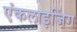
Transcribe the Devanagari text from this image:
एंकलाइजिंग